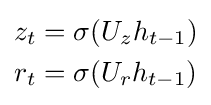
{\begin{aligned}z_{t}&=\sigma (U_{z}h_{t-1})\\r_{t}&=\sigma (U_{r}h_{t-1})\\\end{aligned}}